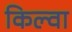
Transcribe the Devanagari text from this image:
किल्वा